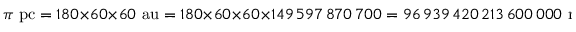
\pi { \mathrm { ~ p c } } = 1 8 0 \times 6 0 \times 6 0 { \mathrm { ~ a u } } = 1 8 0 \times 6 0 \times 6 0 \times 1 4 9 \, 5 9 7 \, 8 7 0 \, 7 0 0 = 9 6 \, 9 3 9 \, 4 2 0 \, 2 1 3 \, 6 0 0 \, 0 0 0 { \mathrm { ~ m } }